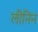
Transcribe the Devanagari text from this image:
लीनिन